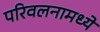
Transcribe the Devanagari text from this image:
परिवलनामध्ये